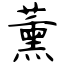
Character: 薰